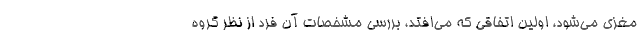
مغزی می‌شود، اولین اتفاقی که می‌افتد، بررسی مشخصات آن فرد از نظر گروه